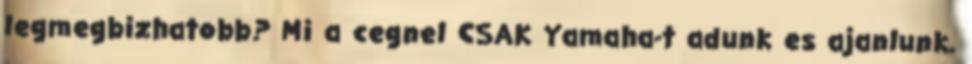
legmegbizhatobb? Mi a cegnel CSAK Yamaha-t adunk es ajanlunk.